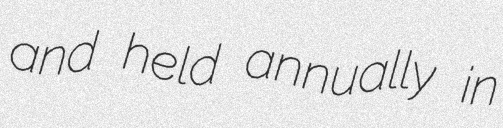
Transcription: and held annually in